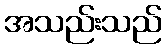
အသည်းသည်